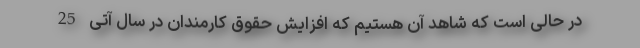
در حالی است که شاهد آن هستیم که افزایش حقوق کارمندان در سال آتی 25